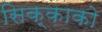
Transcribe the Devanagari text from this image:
सिक्काको